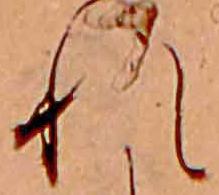
れ